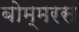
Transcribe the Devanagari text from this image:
बोम्मरस